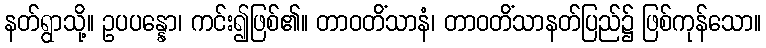
နတ်ရွာသို့။ ဥပပန္နော၊ ကင်း၍ဖြစ်၏။ တာဝတိံသာနံ၊ တာဝတိံသာနတ်ပြည်၌ ဖြစ်ကုန်သော။